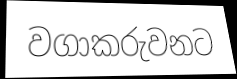
වගාකරුවනට